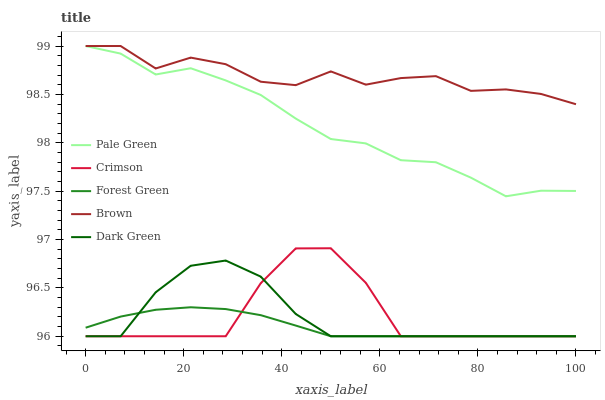
| xaxis_label | Pale Green | Crimson | Forest Green | Brown | Dark Green |
 | --- | --- | --- | --- | --- | --- |
 | 0 | 99 | 96 | 96.1 | 99 | 96 |
 | 7.14 | 98.9 | 96 | 96.2 | 99 | 96 |
 | 14.3 | 98.7 | 96 | 96.3 | 98.8 | 96.5 |
 | 21.4 | 98.8 | 96 | 96.3 | 98.9 | 96.7 |
 | 28.6 | 98.6 | 96 | 96.3 | 98.8 | 96.8 |
 | 35.7 | 98.5 | 96.5 | 96.2 | 98.6 | 96.6 |
 | 42.9 | 98.2 | 96.9 | 96.1 | 98.6 | 96.2 |
 | 50 | 98 | 96.9 | 96 | 98.7 | 96 |
 | 57.1 | 98 | 96.6 | 96 | 98.6 | 96 |
 | 64.3 | 97.8 | 96 | 96 | 98.7 | 96 |
 | 71.4 | 97.8 | 96 | 96 | 98.7 | 96 |
 | 78.6 | 97.6 | 96 | 96 | 98.5 | 96 |
 | 85.7 | 97.4 | 96 | 96 | 98.6 | 96 |
 | 92.9 | 97.5 | 96 | 96 | 98.5 | 96 |
 | 100 | 97.5 | 96 | 96 | 98.4 | 96 |